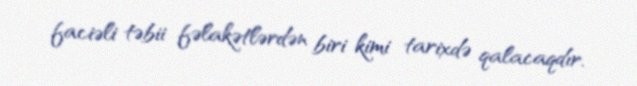
faciəli təbii fəlakətlərdən biri kimi tarixdə qalacaqdır.